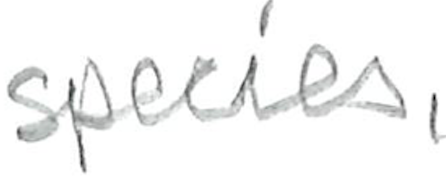
Text: species,
Cross-out: clean
Writing tool: pencil